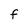
Character: F